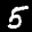
Label: 5